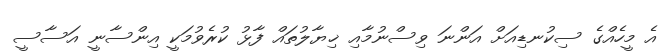
އެ މީހެއްގެ ސިކުނޑިއަށް އަންނަ ވިސްނުމާއި ޚިޔާލުތައް ފާޅު ކުރެވުމަކީ އިންސާނީ އަސާސީ